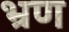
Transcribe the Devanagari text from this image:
भ्रण